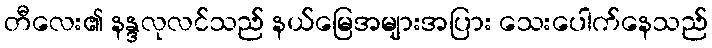
တီလေး၏ နန္ဒလုလင်သည် နယ်မြေအများအပြား သေးပေါက်နေသည်